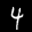
Label: 4